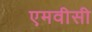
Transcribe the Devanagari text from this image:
एमवीसी